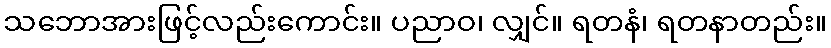
သဘောအားဖြင့်လည်းကောင်း။ ပညာဝ၊ လျှင်။ ရတနံ၊ ရတနာတည်း။